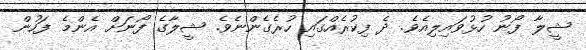
ޝީލާ ފޯނު ހުޅުވައިލިއެވެ. ދެ ފިކުރެއްގައި ހުރެގެންނެވެ. ޝީލާގެ ފޯނަށް އެންމެ ފަހުން